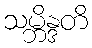
သမ္ဘိန္ဒတိ